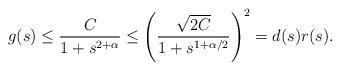
LaTeX: \begin{align*} g(s)\leq \frac{C}{1+s^{2+\alpha}}\leq \left(\frac{\sqrt{2C}}{1+s^{1+\alpha/2}}\right)^2= d(s)r(s).\end{align*}